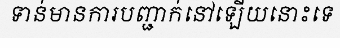
ទាន់មានការបញ្ជាក់នៅឡើយនោះទេ